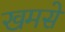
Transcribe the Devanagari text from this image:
खमसे